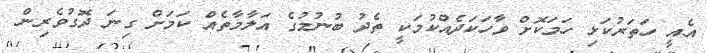
އެއީ ހަތަރުކަޅި ހަމަކޮށް ވާހަކަދެއްކުމަކީ ތެދު ބުނުމުގެ އަލާމާތެއް ކަމަށް ގިނަ ދޮގުވެރިން